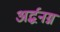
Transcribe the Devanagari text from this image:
अर्द्धनग्न